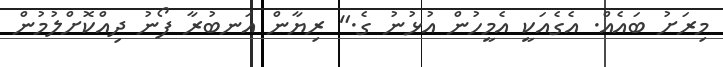
މިރަށު ބައެއް. އެގެއަކީ އެމީހުން އުޅުނު ގެ." ރިޔާން އަނބުރާ ފޯނު ދިއްކޮށްލުމުން